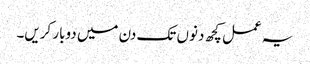
یہ عمل کچھ دنوں تک دن میں دوبار کریں۔